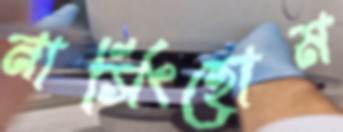
নার্সিংহোম